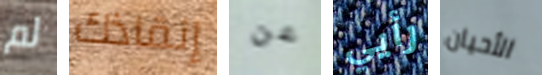
لم إنقاذك عن رأيي الأحيان